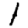
Digit: 1